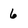
Character: 6